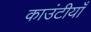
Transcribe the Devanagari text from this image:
काउंटीयाँ